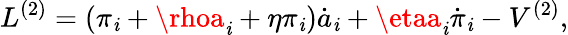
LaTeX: L^{(2)}=(\pi_{\mathit{i}}+\rhoa_{\mathit{i}}+\eta\pi_{\mathit{i}})\dot{{a}}_{\mathit{i}}+\etaa_{\mathit{i}}\dot{{\pi}}_{\mathit{i}}-V^{(2)},